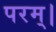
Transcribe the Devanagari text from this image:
परम्‌।